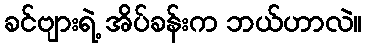
ခင်ဗျားရဲ့ အိပ်ခန်းက ဘယ်ဟာလဲ။